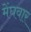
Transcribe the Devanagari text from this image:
मेंघवार